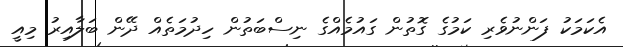
އެކަމަކު ފަންނުވެރި ކަމުގެ ގޮތުން ގައުމެއްގެ ނިސްބަތުން ހިދުމަތެއް ދޭން ބަލާއިރު މިއީ